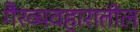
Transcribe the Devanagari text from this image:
गैरव्यवहारातील